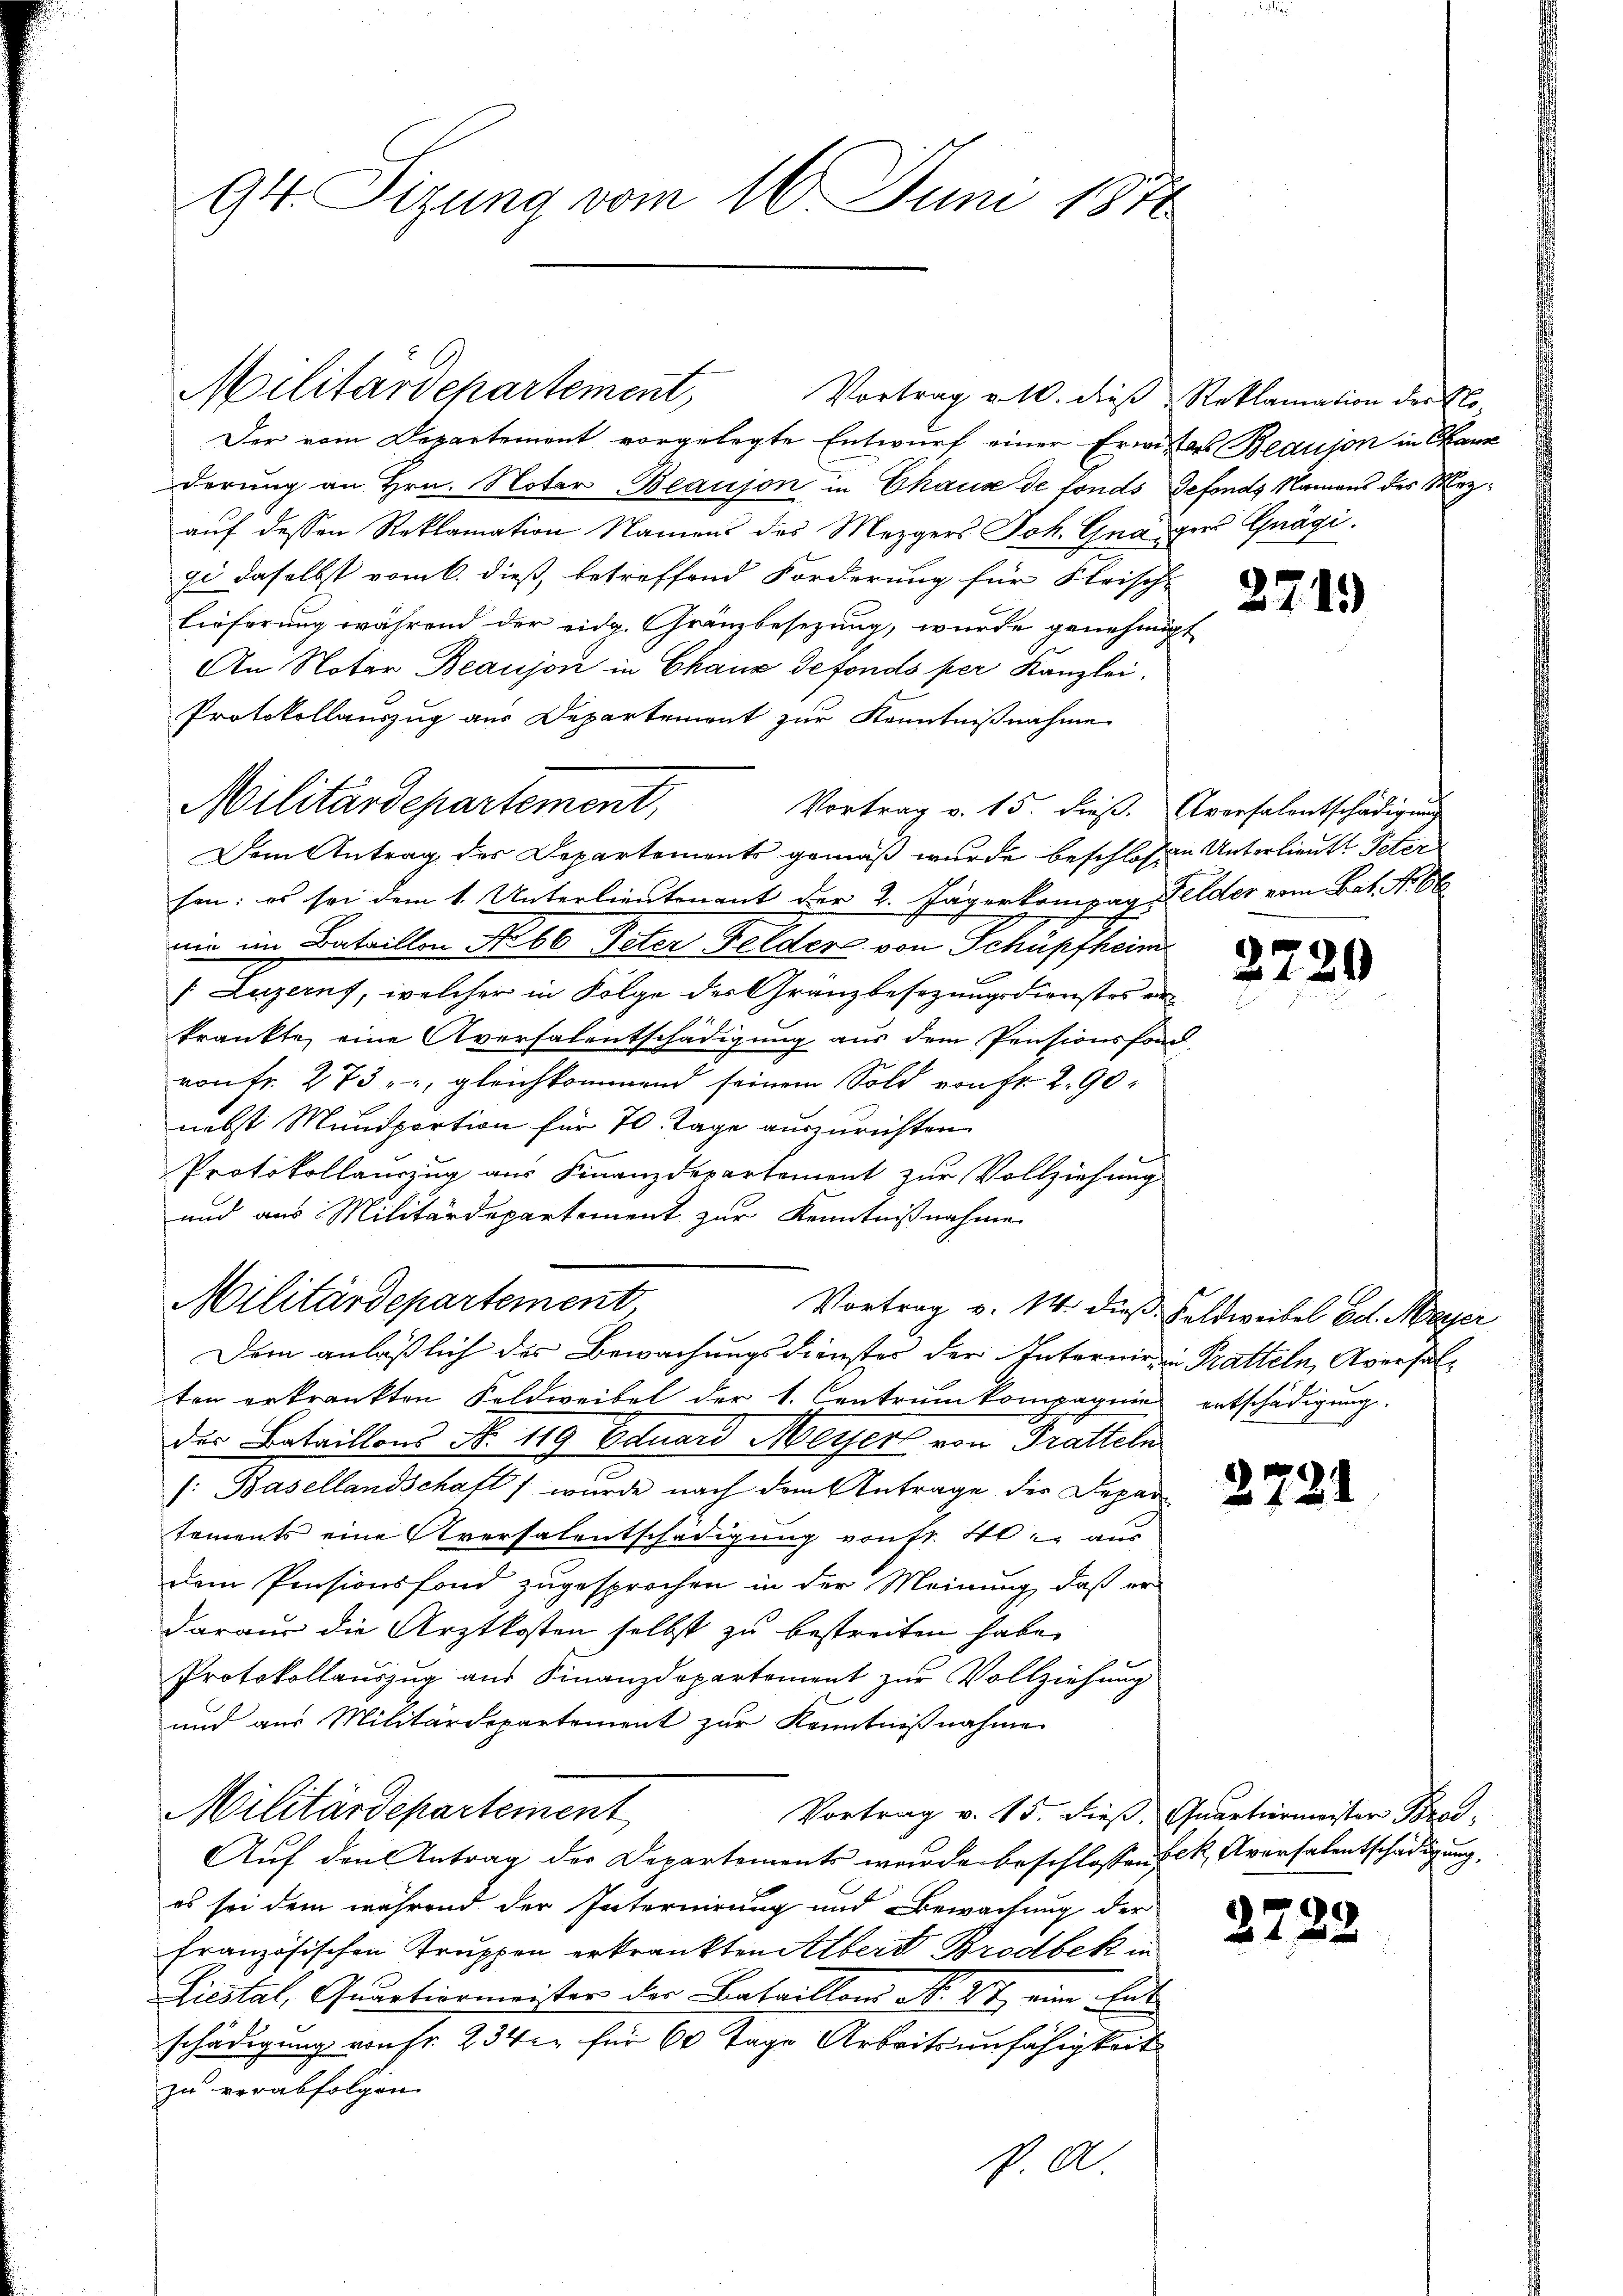
94. Sizung vom 16. Juni 1872

Der vom Departement vorgelegte Entwurf einer Erwitters Beaujon in Hause
derung an Hrn. Notar Beaujon in Chaux de fonds Gefonds Namens des Mezauf dessen Reklamation Namens des Mezgers Joh. Gnaigers Gnägigi daselbst vom 6. dieß, betreffend Forderung für Fleisch-
lieferung während der eidg. Gränzbesezung, wurde genehmigt
An Noter Beaujon in Chaus defonds per Kanzlei.
Protokollauszug aus Departement zur Kenntnißnahme
Vortrag v. 15. dieß. Aversalentschädigung
Dem Antrag des Departements gemäß wurde beschlossen Unterlieut. Peter
fen: es sei dem 1. Unterlieutenant der 2. Jägerkompag Felder vom Bat. No 66
nie im Bataillon No 60 Peter Felder von Schüpfheim
[Luzern, welcher in Folge des Granzbesezungsdienstos er
kränkte, eine Aversalentschädigung aus dem Pensionsfond,
von fr. 273 - gleichkommend seinem Sold von Fr. 290
nebst Mundportion für 70. Tage auszurichten.
Protokollauszug aus Finanzdepartement zur Vollziehung
und aus Militärdepartement zur Kenntnißnahme
Militärdepartement
Vortrag v. 14. dieß Feldweibel Ed. Meyer
Dem anläßlich der Bewachungsdienstes der Internir ein Pratteln, Aversal-
ten erkränkten Feldweibel der 1. Centrum kompagnie entschädigung
der Bataillons N. 119 Eduard Meyer von Tratteln
(: Basellandschaft 1 wurde nach dem Antrage der Departements eine Aversalentschädigung von fr. 40. aus
dem Pensionsfond zugesprochen in der Meinung, daß er
daraus die Arztkosten selbst zu bestreiten habe.
Protokollauszug aus Finanzdepartement zur Vollziehung
und aus Militärdepartement zur Kenntnißnahme
Militärdepartement
Vortrag v. 15. dieß, Quartiermeister Brod¬
Aŭf den Antrag der Departements wurde beschlossen sek. Aversalentschädigung,
es sei dem während der Internirung und Bewachung der
französischen Truppen erkränkten Albert Brodbek in
Liestal, Quartiermeister der Bataillon N. 27 eine Entschädigung von Fr. 234 für 60 Tage Arbeitsunfähigkeit
zu verabfolgen.
p. A.

Militärdepartement,

Militärdepartement, Vortrag v. 10. die Reklamation der No

271.

2.

2.

27

t